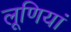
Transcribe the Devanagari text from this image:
लूणियां